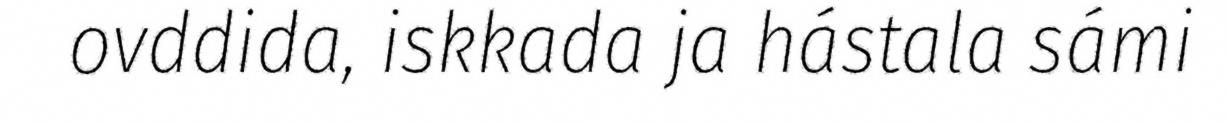
ovddida, iskkada ja hástala sámi